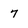
Character: 7